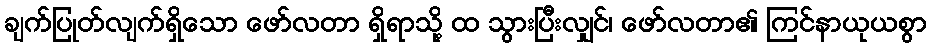
ချက်ပြုတ်လျက်ရှိသော ဖော်လတာ ရှိရာသို့ ထ သွားပြီးလျှင်၊ ဖော်လတာ၏ ကြင်နာယုယစွာ